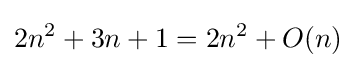
2n^{2}+3n+1=2n^{2}+O(n)